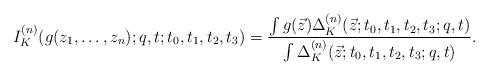
LaTeX: \begin{gather*}I^{(n)}_K(g(z_1,\dots,z_n);q,t;t_0,t_1,t_2,t_3) =\frac{\int g(\vec{z}) \Delta^{(n)}_K(\vec{z};t_0,t_1,t_2,t_3;q,t)} {\int \Delta^{(n)}_K(\vec{z};t_0,t_1,t_2,t_3;q,t)}.\end{gather*}